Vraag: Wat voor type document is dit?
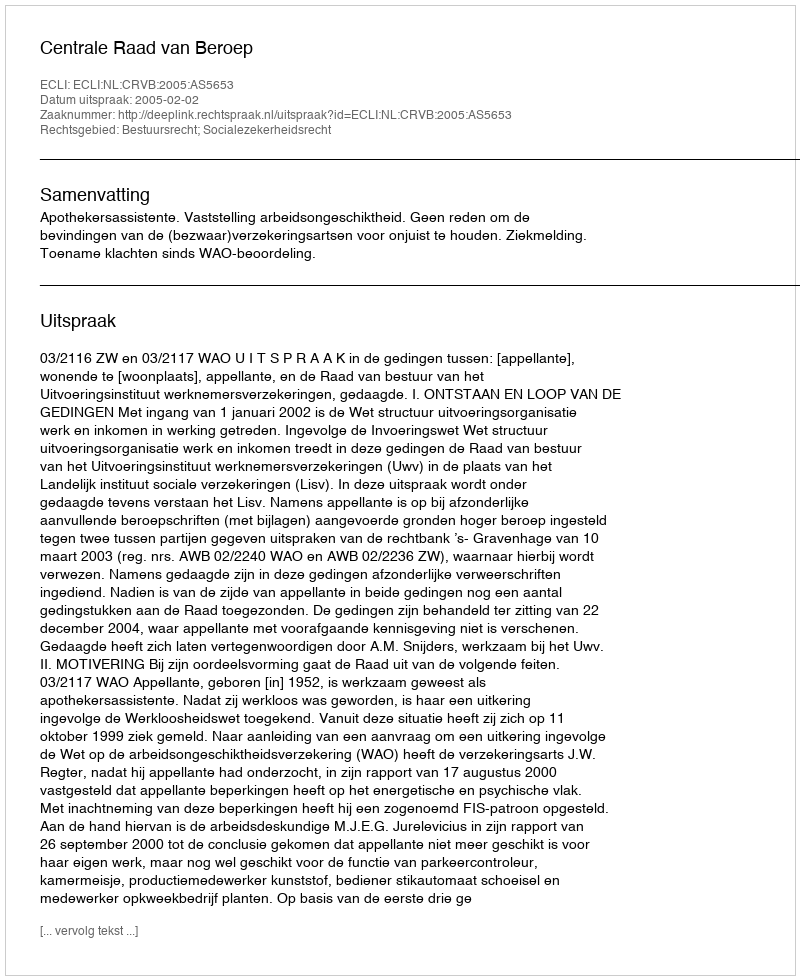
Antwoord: Uitspraak